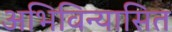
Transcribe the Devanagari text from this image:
अभिविन्यासित